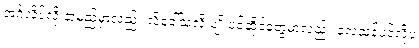
အင်္ဂလိပ်လို နာမည်မှာလည်း လို့ခေါ်သလို ပျိုးပင်ဆိုင်တွေမှာလည်း လေသန့်ပင်လို့ပဲ